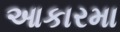
આકારમા